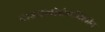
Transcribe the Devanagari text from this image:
ट्राइक्लोरोएथिलीन